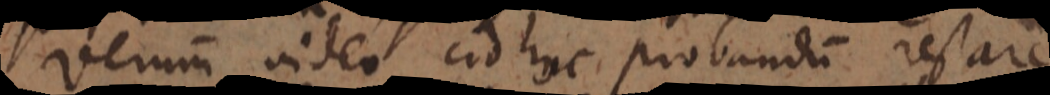
Verum video adhuc probandum restare